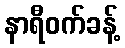
နာရီဝက်ခန့်